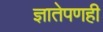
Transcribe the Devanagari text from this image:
ज्ञातेपणही